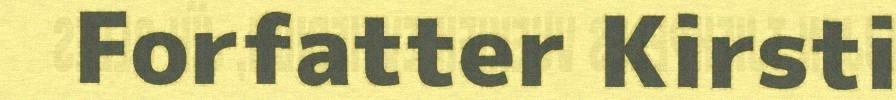
Forfatter Kirsti